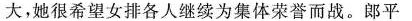
大，她很希望女排各人继续为集体荣誉而战。郎平